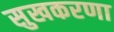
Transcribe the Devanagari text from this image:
सुखकरणा